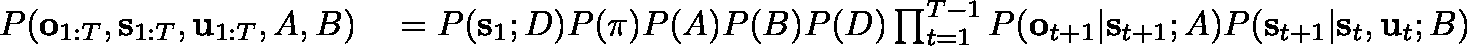
\begin{array} { r l } { P ( \mathbf { o } _ { 1 : T } , \mathbf { s } _ { 1 : T } , \mathbf { u } _ { 1 : T } , A , B ) } & { { } = P ( \mathbf { s } _ { 1 } ; D ) P ( \mathbf { \pi } ) P ( A ) P ( B ) P ( D ) \prod _ { t = 1 } ^ { T - 1 } P ( \mathbf { o } _ { t + 1 } | \mathbf { s } _ { t + 1 } ; A ) P ( \mathbf { s } _ { t + 1 } | \mathbf { s } _ { t } , \mathbf { u } _ { t } ; B ) } \end{array}